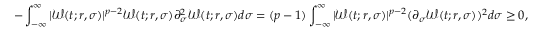
- \int _ { - \infty } ^ { \infty } | \mathcal { W } ( t ; r , \sigma ) | ^ { p - 2 } \mathcal { W } ( t ; r , \sigma ) \partial _ { \sigma } ^ { 2 } \mathcal { W } ( t ; r , \sigma ) d \sigma = ( p - 1 ) \int _ { - \infty } ^ { \infty } | \mathcal { W } ( t ; r , \sigma ) | ^ { p - 2 } ( \partial _ { \sigma } \mathcal { W } ( t ; r , \sigma ) ) ^ { 2 } d \sigma \geq 0 ,